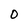
Character: O